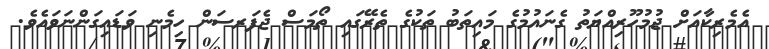
އެމެރިކާއަށް ޖުމުހޫރިއްޔަތު ގެނައުމުގެ މައިތަބު ތަކުގެ ތެރޭގައި ތޯމަސް ޖެފަރސަން ހިމެނި ވަޑައިގަންނަވައެވެ.